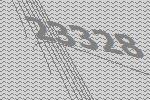
23328